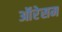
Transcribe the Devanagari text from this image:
ऑरेसम